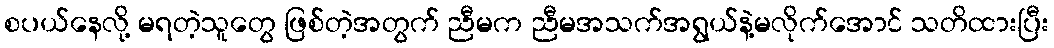
စပယ်နေလို့ မရတဲ့သူတွေ ဖြစ်တဲ့အတွက် ညီမက ညီမအသက်အရွယ်နဲ့မလိုက်အောင် သတိထားပြီး